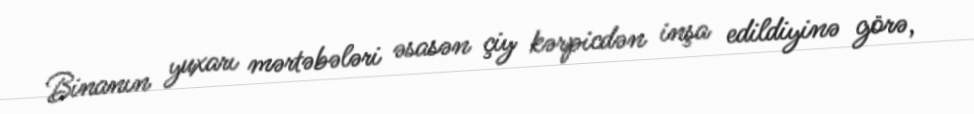
Binanın yuxarı mərtəbələri əsasən çiy kərpicdən inşa edildiyinə görə,